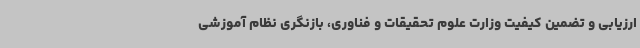
ارزیابی و تضمین کیفیت وزارت علوم تحقیقات و فناوری، بازنگری نظام آموزشی